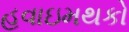
હવાઇમથકો